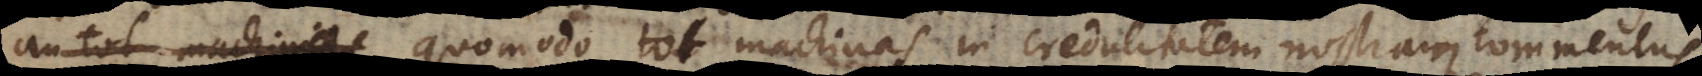
, quomodo tot machinas in credulitatem nostram commentus